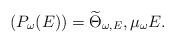
LaTeX: \begin{align*} (P_\omega(E))= \widetilde\Theta_{\omega, E}, \mu_\omega E.\end{align*}